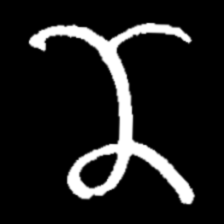
Pyu character \u2014 Myanmar letter: ဏ (romanized: nna)